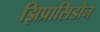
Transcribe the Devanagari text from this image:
झिप्रासिडोन